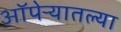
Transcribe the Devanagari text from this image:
ऑपेऱ्यातल्या